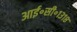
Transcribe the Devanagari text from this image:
आई॰सी॰१३१८